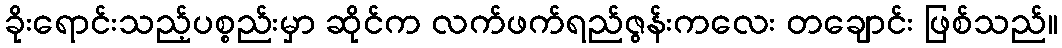
ခိုးရောင်းသည့်ပစ္စည်းမှာ ဆိုင်က လက်ဖက်ရည်ဇွန်းကလေး တချောင်း ဖြစ်သည်။